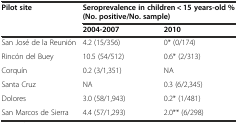
<table><thead><tr><td rowspan="2"><b>Pilot site</b></td><td colspan="2"><b>Seroprevalence in children &lt; 15 years-old % (No. positive/No. sample)</b></td></tr><tr><td><b>2004-2007</b></td><td><b>2010</b></td></tr></thead><tbody><tr><td>San José de la Reunión</td><td>4.2 (15/356)</td><td>0* (0/174)</td></tr><tr><td>Rincón del Buey</td><td>10.5 (54/512)</td><td>0.6* (2/313)</td></tr><tr><td>Corquín</td><td>0.2 (3/1,351)</td><td>NA</td></tr><tr><td>Santa Cruz</td><td>NA</td><td>0.3 (6/2,345)</td></tr><tr><td>Dolores</td><td>3.0 (58/1,943)</td><td>0.2* (1/481)</td></tr><tr><td>San Marcos de Sierra</td><td>4.4 (57/1,293)</td><td>2.0** (6/298)</td></tr></tbody></table>